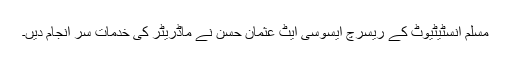
مسلم انسٹیٹیوٹ کے ریسرچ ایسوسی ایٹ عثمان حسن نے ماڈریٹر کی خدمات سر انجام دیں۔